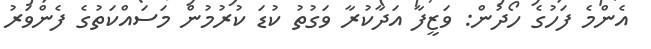
އެންމެ ފަހުގެ ހޯދުން: ވަޒީފާ އަދާކުރާ ވަގުތު ކުޑަ ކުރުމުން މަސައްކަތުގެ ފެންވަރު